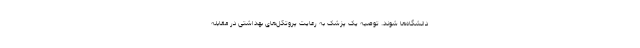
دانشگاه‌ها شوند. توصیه یک پزشک به رعایت پروتکل‌های بهداشتی در مقابله